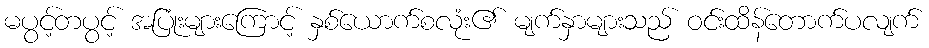
မပွင့်တပွင့် အပြုံးများကြောင့် နှစ်ယောက်စလုံး၏ မျက်နှာများသည် ဝင်းထိန်တောက်ပလျက်